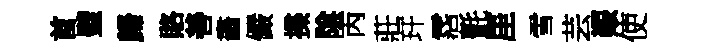
首璧歸賂善畵儼揲隂丙莊玕霑氈厓雪芸艱使